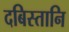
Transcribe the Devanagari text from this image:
दबिस्तानि